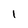
Character: 1